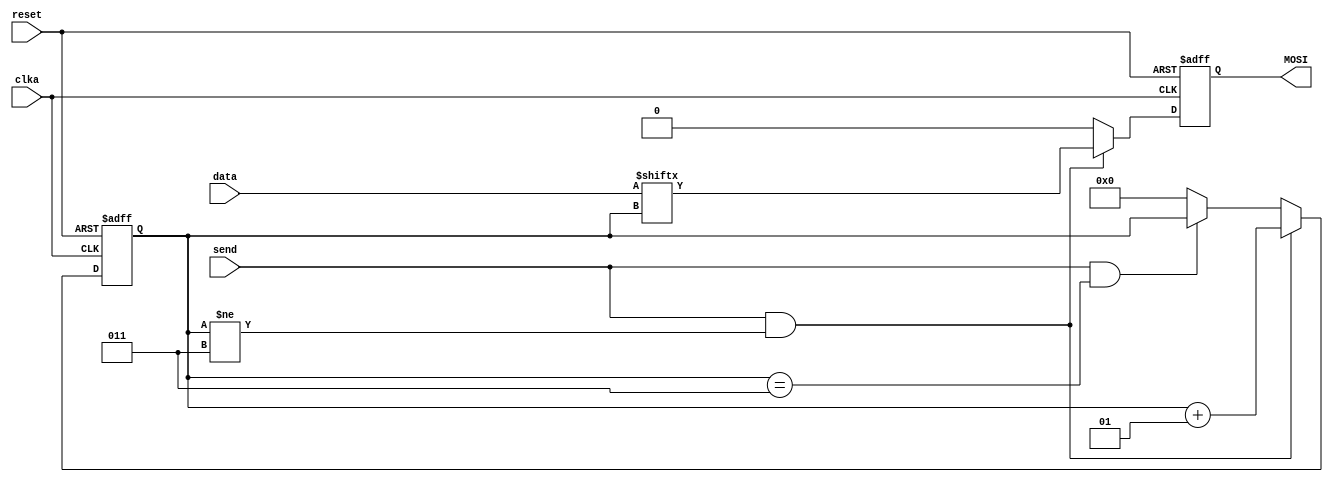
module master(
    input clka,
    input reset,
    input send,
    input [2:0] data,
    
    output reg MOSI
    //output reg [2:0] reg_t
);

integer count;

always @(posedge clka or posedge reset) begin
    if (reset) begin
        //reg_t <= 3'b000;
        MOSI <= 1'b0;
        count <= 0;
/*    end else if (send == 1'b1 && count == 0) begin
        //reg_t <= data;
        MOSI <= data[0];
        count <= count + 1;
    end else if (send == 1'b1 && count == 1) begin
        //reg_t <= data;
        MOSI <= data[1];
        count <= count + 1;
    end else if (send == 1'b1 && count == 2) begin
        //reg_t <= data;
        MOSI <= data[2];
        count <= count + 1;
    end else if (send == 1'b1 && count == 3) begin
        MOSI <= 0;
    end else begin
        MOSI <= 0;
        count <= 0; */
    end else if (send && count != 3) begin
        MOSI <= data[count];
        count <= count + 1;
    end else if (send && count == 3) begin
        MOSI <= 0;
    end else begin
        MOSI <= 0;
        count <= 0;
    end

end

endmodule